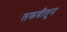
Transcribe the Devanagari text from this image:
लकबीतून